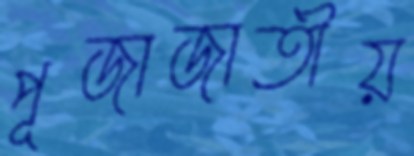
পূজাজাতীয়